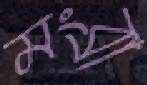
মংব্রা